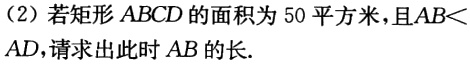
（2）若矩形 \(ABCD\) 的面积为 \(50\) 平方米，且 \(AB<AD\)，请求出此时 \(AB\) 的长.